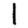
Digit: 1